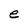
Character: e